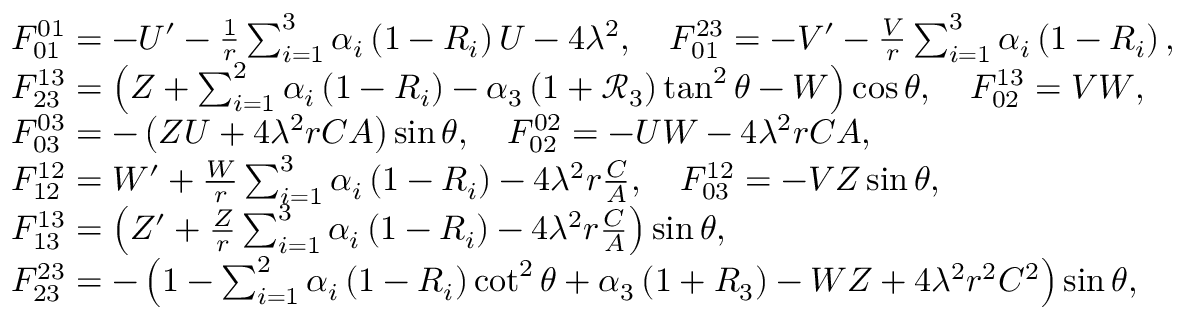
\begin{array} { r l } & { F _ { 0 1 } ^ { 0 1 } = - U ^ { \prime } - \frac { 1 } { r } \sum _ { i = 1 } ^ { 3 } \alpha _ { i } \left( 1 - R _ { i } \right) U - 4 \lambda ^ { 2 } , \quad F _ { 0 1 } ^ { 2 3 } = - V ^ { \prime } - \frac { V } { r } \sum _ { i = 1 } ^ { 3 } \alpha _ { i } \left( 1 - R _ { i } \right) , } \\ & { F _ { 2 3 } ^ { 1 3 } = \left( Z + \sum _ { i = 1 } ^ { 2 } \alpha _ { i } \left( 1 - R _ { i } \right) - \alpha _ { 3 } \left( 1 + \mathcal { R } _ { 3 } \right) \tan ^ { 2 } \theta - W \right) \cos \theta , \quad F _ { 0 2 } ^ { 1 3 } = V W , } \\ & { F _ { 0 3 } ^ { 0 3 } = - \left( Z U + 4 \lambda ^ { 2 } r C A \right) \sin \theta , \quad F _ { 0 2 } ^ { 0 2 } = - U W - 4 \lambda ^ { 2 } r C A , } \\ & { F _ { 1 2 } ^ { 1 2 } = W ^ { \prime } + \frac { W } { r } \sum _ { i = 1 } ^ { 3 } \alpha _ { i } \left( 1 - R _ { i } \right) - 4 \lambda ^ { 2 } r \frac { C } { A } , \quad F _ { 0 3 } ^ { 1 2 } = - V Z \sin \theta , } \\ & { F _ { 1 3 } ^ { 1 3 } = \left( Z ^ { \prime } + \frac { Z } { r } \sum _ { i = 1 } ^ { 3 } \alpha _ { i } \left( 1 - R _ { i } \right) - 4 \lambda ^ { 2 } r \frac { C } { A } \right) \sin \theta , } \\ & { F _ { 2 3 } ^ { 2 3 } = - \left( 1 - \sum _ { i = 1 } ^ { 2 } \alpha _ { i } \left( 1 - R _ { i } \right) \cot ^ { 2 } \theta + \alpha _ { 3 } \left( 1 + R _ { 3 } \right) - W Z + 4 \lambda ^ { 2 } r ^ { 2 } C ^ { 2 } \right) \sin \theta , } \end{array}